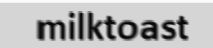
milktoast